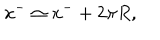
LaTeX: x ^ { - } \simeq x ^ { - } + 2 \pi R ,